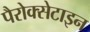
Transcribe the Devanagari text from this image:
पैरोक्सेटाइन